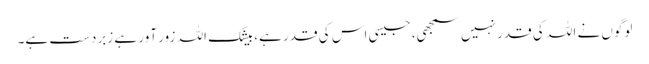
لوگوں نے اللہ کی قدر نہیں سمجھی، جیسی اس کی قدر ہے، بیشک اللہ زور آور ہے زبردست ہے۔